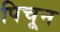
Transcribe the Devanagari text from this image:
पिचून